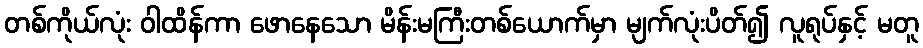
တစ်ကိုယ်လုံး ဝါထိန်ကာ ဖောနေသော မိန်းမကြီးတစ်ယောက်မှာ မျက်လုံးပိတ်၍ လူရုပ်နှင့် မတူ